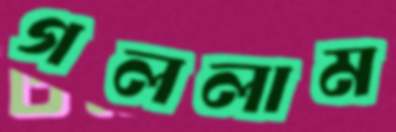
গললাম